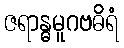
ဇရာန္ဓမူဂဗဓိရံ